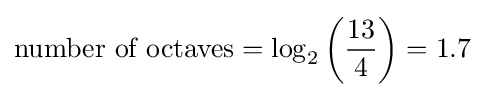
{\text{number of octaves}}=\log _{2}\left({\frac {13}{4}}\right)=1.7